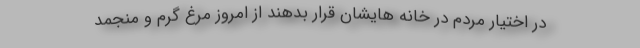
در اختیار مردم در خانه هایشان قرار بدهند از امروز مرغ گرم و منجمد